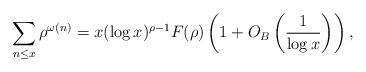
LaTeX: \begin{align*} \sum_{n \leq x} \rho^{\omega(n)} = x(\log x)^{\rho-1}F(\rho)\left(1+O_B\left(\frac{1}{\log x}\right)\right),\end{align*}